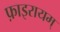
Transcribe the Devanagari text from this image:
फ़ाइरायम्